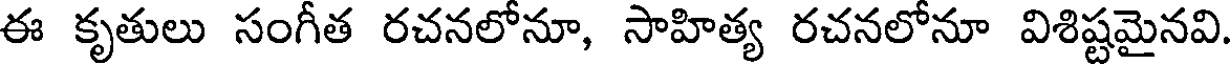
ఈ కృతులు సంగీత రచనలోనూ, సాహిత్య రచనలోనూ విశిష్టమైనవి